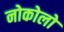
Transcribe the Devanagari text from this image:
नोकोलो